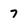
Character: 7